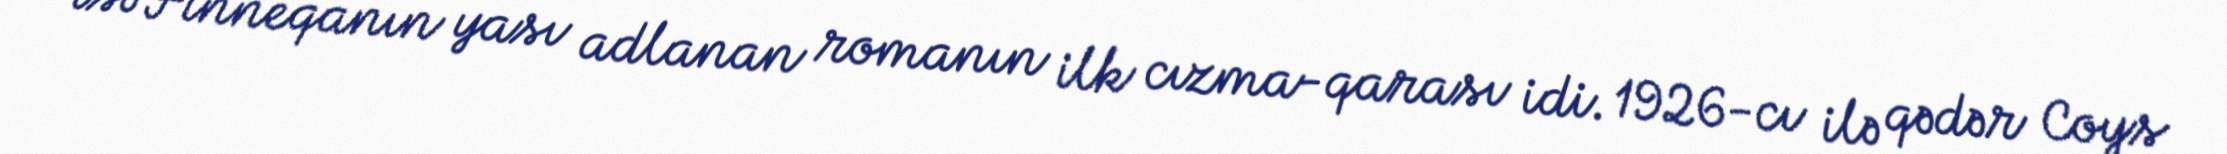
isə Finneqanın yası adlanan romanın ilk cızma-qarası idi. 1926-cı ilə qədər Coys